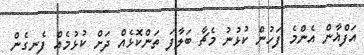
އަފްޣާން އެންމެ ފަހުން ކުޅުނު މެޗާ ބަލާފަ ތަންކޮޅެއް ދަށް ކުޅުމެއް ފެނިގެން